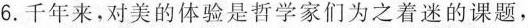
6.千年来，对美的体验是哲学家们为之着迷的课题，